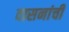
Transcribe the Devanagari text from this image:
वासनांची